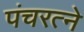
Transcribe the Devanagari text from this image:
पंचरत्‍ने